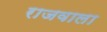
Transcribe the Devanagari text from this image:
राजवाला